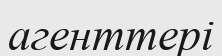
агенттері